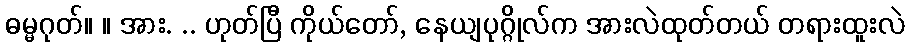
ဓမ္မဂုတ်။ ။ အား. .. ဟုတ်ပြီ ကိုယ်တော်, နေယျပုဂ္ဂိုလ်က အားလဲထုတ်တယ် တရားထူးလဲ